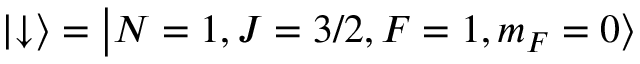
\left| \downarrow \right\rangle = \left| N = 1 , J = 3 / 2 , F = 1 , m _ { F } = 0 \right\rangle